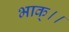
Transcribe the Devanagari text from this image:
भाक्।।